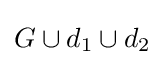
G\cup d_{1}\cup d_{2}